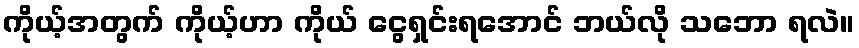
ကိုယ့်အတွက် ကိုယ့်ဟာ ကိုယ် ငွေရှင်းရအောင် ဘယ်လို သဘော ရလဲ။